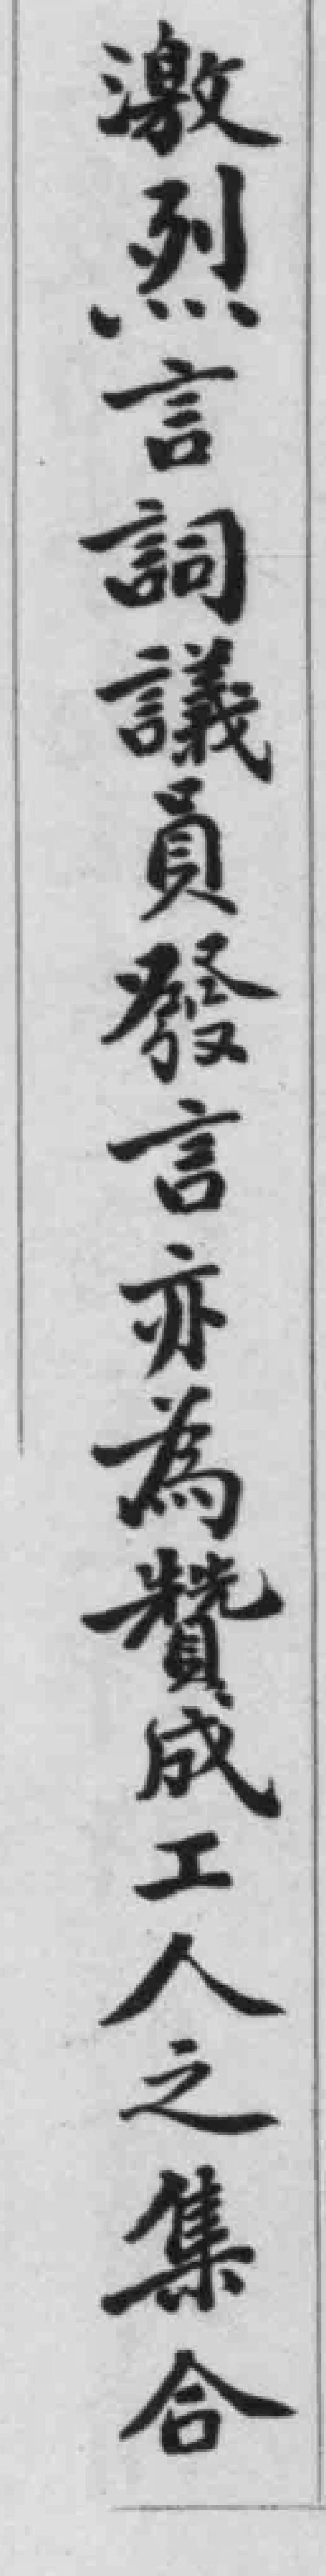
激烈言詞議員發言亦為贊成工人之集合